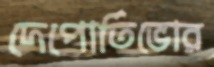
দেপোর্তিভোর